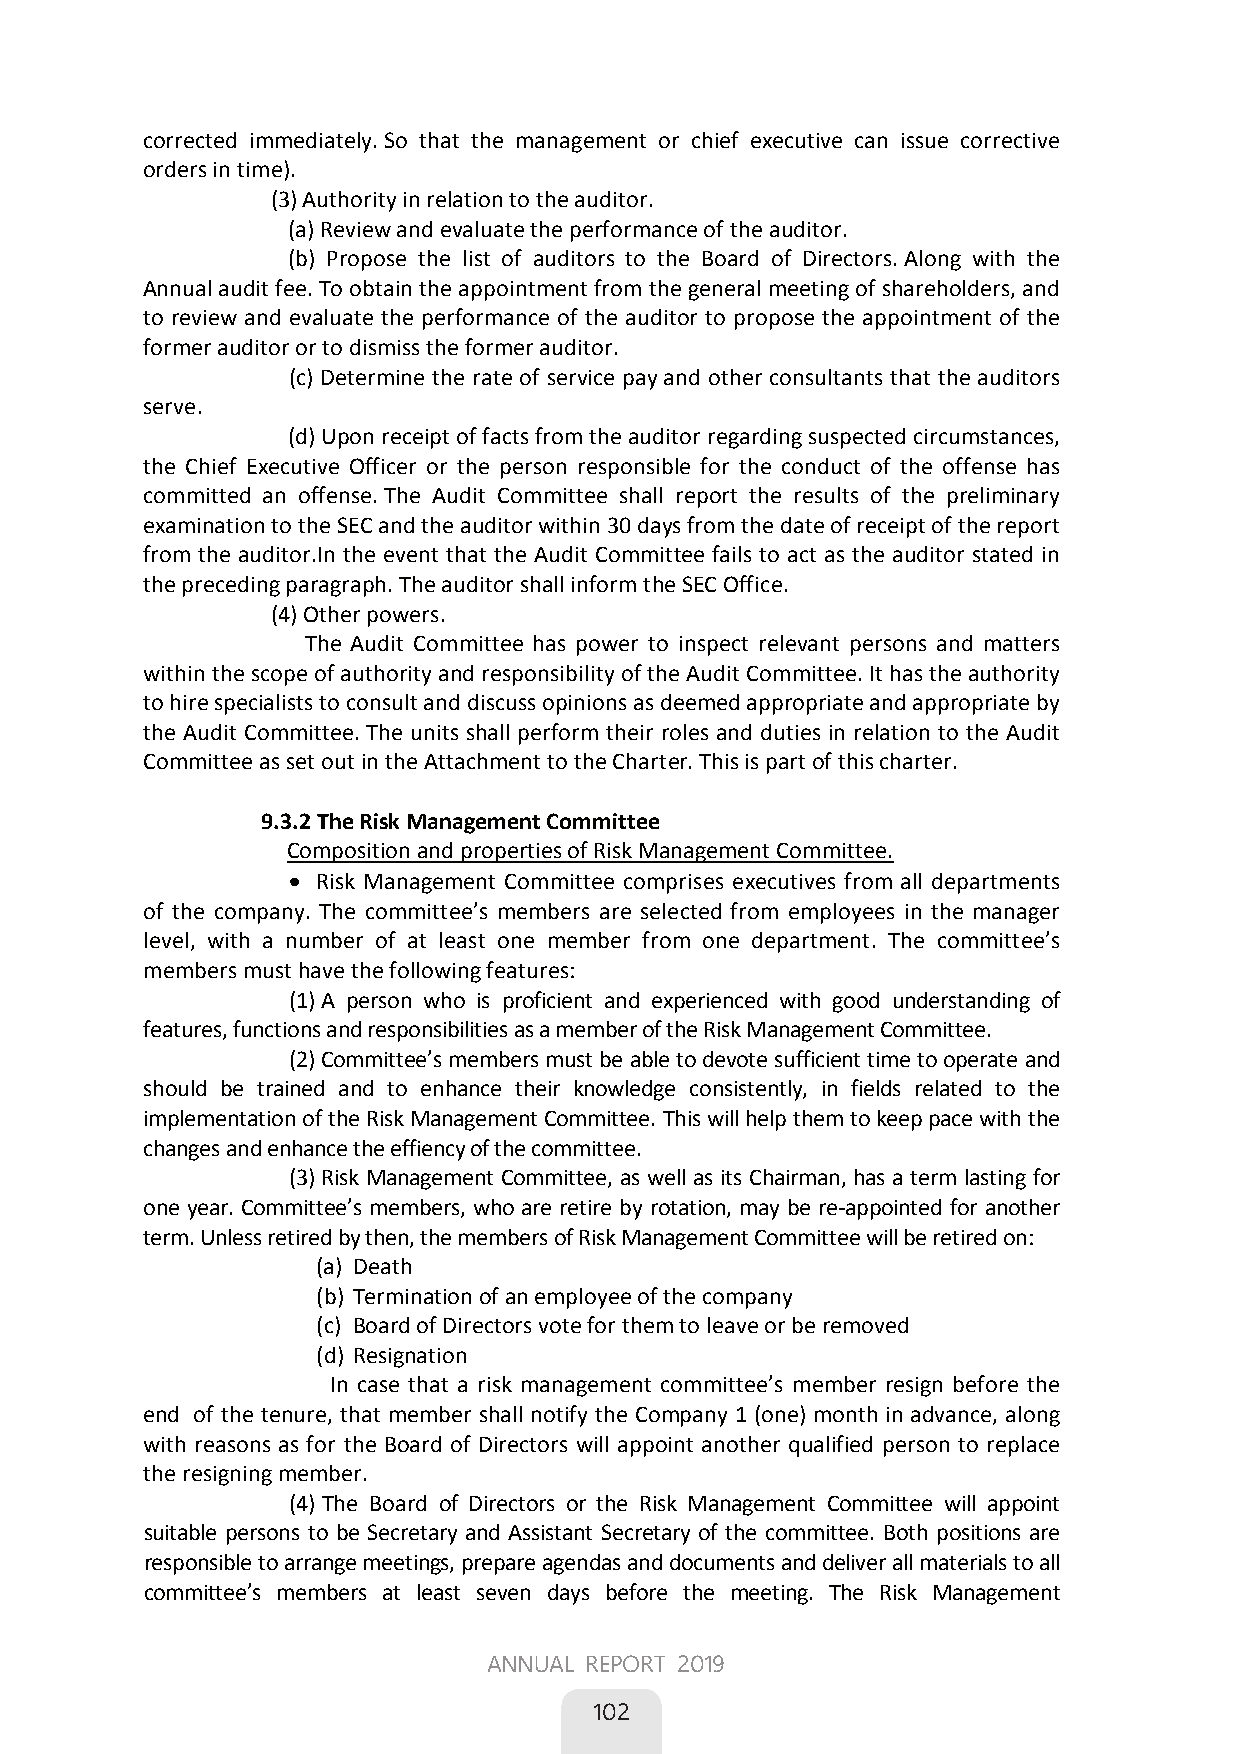
corrected immediately. So that the management or chief executive can issue corrective
 orders in time).
 (3) Authority in relation to the auditor.
 (a) Review and evaluate the performance of the auditor.
 (b) Propose the list of auditors to the Board of Directors. Along with the
 Annual audit fee. To obtain the appointment from the general meeting of shareholders, and
 to review and evaluate the performance of the auditor to propose the appointment of the
 former auditor or to dismiss the former auditor.
 (c) Determine the rate of service pay and other consultants that the auditors
 serve.
 (d) Upon receipt of facts from the auditor regarding suspected circumstances,
 the Chief Executive Officer or the person responsible for the conduct of the offense has
 committed an offense. The Audit Committee shall report the results of the preliminary
 examination to the SEC and the auditor within 30 days from the date of receipt of the report
 from the auditor.In the event that the Audit Committee fails to act as the auditor stated in
 the preceding paragraph. The auditor shall inform the SEC Office.
 (4) Other powers.
 The Audit Committee has power to inspect relevant persons and matters
 within the scope of authority and responsibility of the Audit Committee. It has the authority
 to hire specialists to consult and discuss opinions as deemed appropriate and appropriate by
 the Audit Committee. The units shall perform their roles and duties in relation to the Audit
 Committee as set out in the Attachment to the Charter. This is part of this charter.
        9.3.2 The Risk Management Committee
         Composition and properties of Risk Management Committee.
  Risk Management Committee comprises executives from all departments
 of the company. The committee’s members are selected from employees in the manager
 level, with a number of at least one member from one department. The committee’s
 members must have the following features: 
 (1) A person who is proficient and experienced with good understanding of
 features, functions and responsibilities as a member of the Risk Management Committee.
 (2) Committee’s members must be able to devote sufficient time to operate and
 should be trained and to enhance their knowledge consistently, in fields related to the
 implementation of the Risk Management Committee. This will help them to keep pace with the
 changes and enhance the effiency of the committee.
 (3) Risk Management Committee, as well as its Chairman, has a term lasting for
 one year. Committee’s members, who are retire by rotation, may be re-appointed for another
 term. Unless retired by then, the members of Risk Management Committee will be retired on:
 (a) Death
 (b) Termination of an employee of the company
 (c) Board of Directors vote for them to leave or be removed
 (d) Resignation
 In case that a risk management committee’s member resign before the
 end of the tenure, that member shall notify the Company 1 (one) month in advance, along
 with reasons as for the Board of Directors will appoint another qualified person to replace
 the resigning member.
 (4) The Board of Directors or the Risk Management Committee will appoint
 suitable persons to be Secretary and Assistant Secretary of the committee. Both positions are
 responsible to arrange meetings, prepare agendas and documents and deliver all materials to all
 committee’s members at least seven days before the meeting. The Risk Management
 64
 ANNUAL REPORT 2019
 
 102